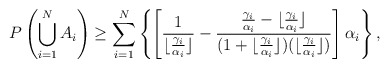
\begin{align*}P\left(\bigcup_{i=1}^N A_i\right)\ge \sum_{i=1}^N\left\{ \left[\frac{1}{\lfloor\frac{\gamma_i}{\alpha_i}\rfloor}-\frac{\frac{\gamma_i}{\alpha_i}-\lfloor\frac{\gamma_i}{\alpha_i}\rfloor}{(1+\lfloor\frac{\gamma_i}{\alpha_i}\rfloor)(\lfloor\frac{\gamma_i}{\alpha_i}\rfloor)}\right]\alpha_i\right\},\end{align*}